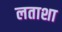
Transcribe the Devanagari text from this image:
लताशा